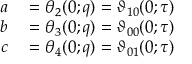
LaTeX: \begin{array} { r l } { a } & { { } = \theta _ { 2 } ( 0 ; q ) = \vartheta _ { 1 0 } ( 0 ; \tau ) } \\ { b } & { { } = \theta _ { 3 } ( 0 ; q ) = \vartheta _ { 0 0 } ( 0 ; \tau ) } \\ { c } & { { } = \theta _ { 4 } ( 0 ; q ) = \vartheta _ { 0 1 } ( 0 ; \tau ) } \end{array}